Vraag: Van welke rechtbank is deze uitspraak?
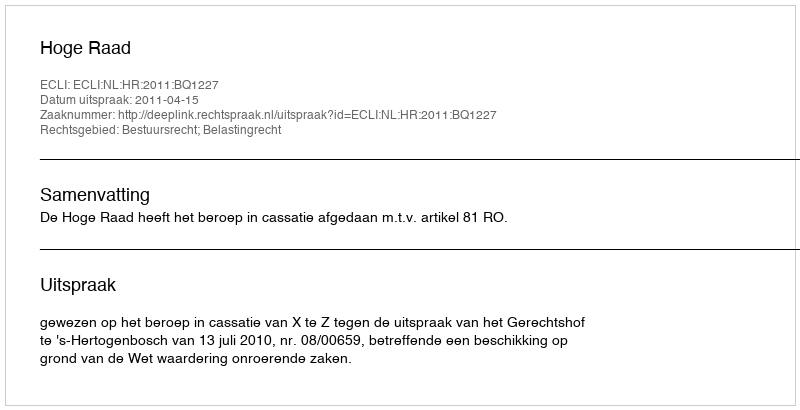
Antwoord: Hoge Raad